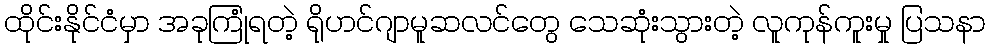
ထိုင်းနိုင်ငံမှာ အခုကြုံရတဲ့ ရိုဟင်ဂျာမူဆလင်တွေ သေဆုံးသွားတဲ့ လူကုန်ကူးမှု ပြသနာ